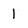
Character: 1